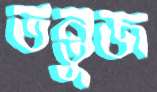
তন্তুজ